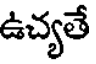
ఉచ్యతే